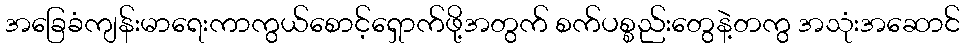
အခြေခံကျန်းမာရေးကာကွယ်စောင့်ရှောက်ဖို့အတွက် စက်ပစ္စည်းတွေနဲ့တကွ အသုံးအဆောင်